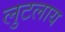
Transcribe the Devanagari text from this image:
लुटलाय